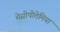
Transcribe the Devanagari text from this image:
मेसोपोतेमिया